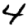
Digit: 4